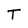
Character: T